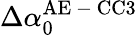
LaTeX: \Delta\alpha_{0}^{\mathrm{AE\mathrm{~-~}CC3}}